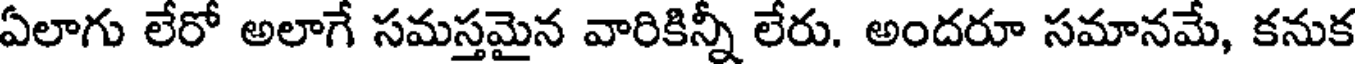
ఏలాగు లేరో అలాగే సమస్తమైన వారికిన్నీ లేరు. అందరూ సమానమే, కనుక